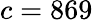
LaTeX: c=869